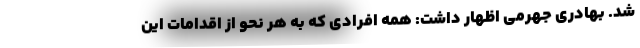
شد. بهادری جهرمی اظهار داشت: همه افرادی که به هر نحو از اقدامات این